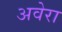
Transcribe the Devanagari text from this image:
अवेरा